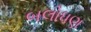
બલોધણ